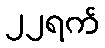
၂၂ရက်